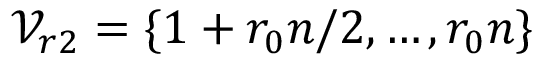
\mathcal { V } _ { r 2 } = \{ 1 + r _ { 0 } n / 2 , \dots , r _ { 0 } n \}